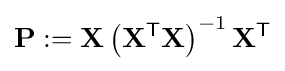
\mathbf {P} :=\mathbf {X} \left(\mathbf {X} ^{\textsf {T}}\mathbf {X} \right)^{-1}\mathbf {X} ^{\textsf {T}}